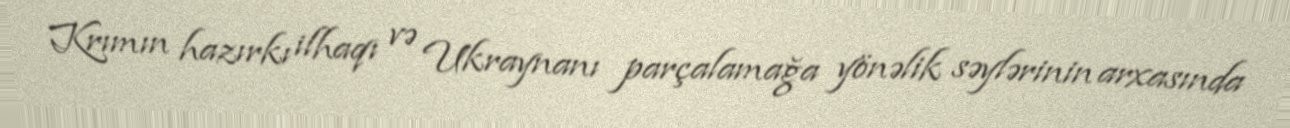
Krımın hazırkı ilhaqı və Ukraynanı parçalamağa yönəlik səylərinin arxasında